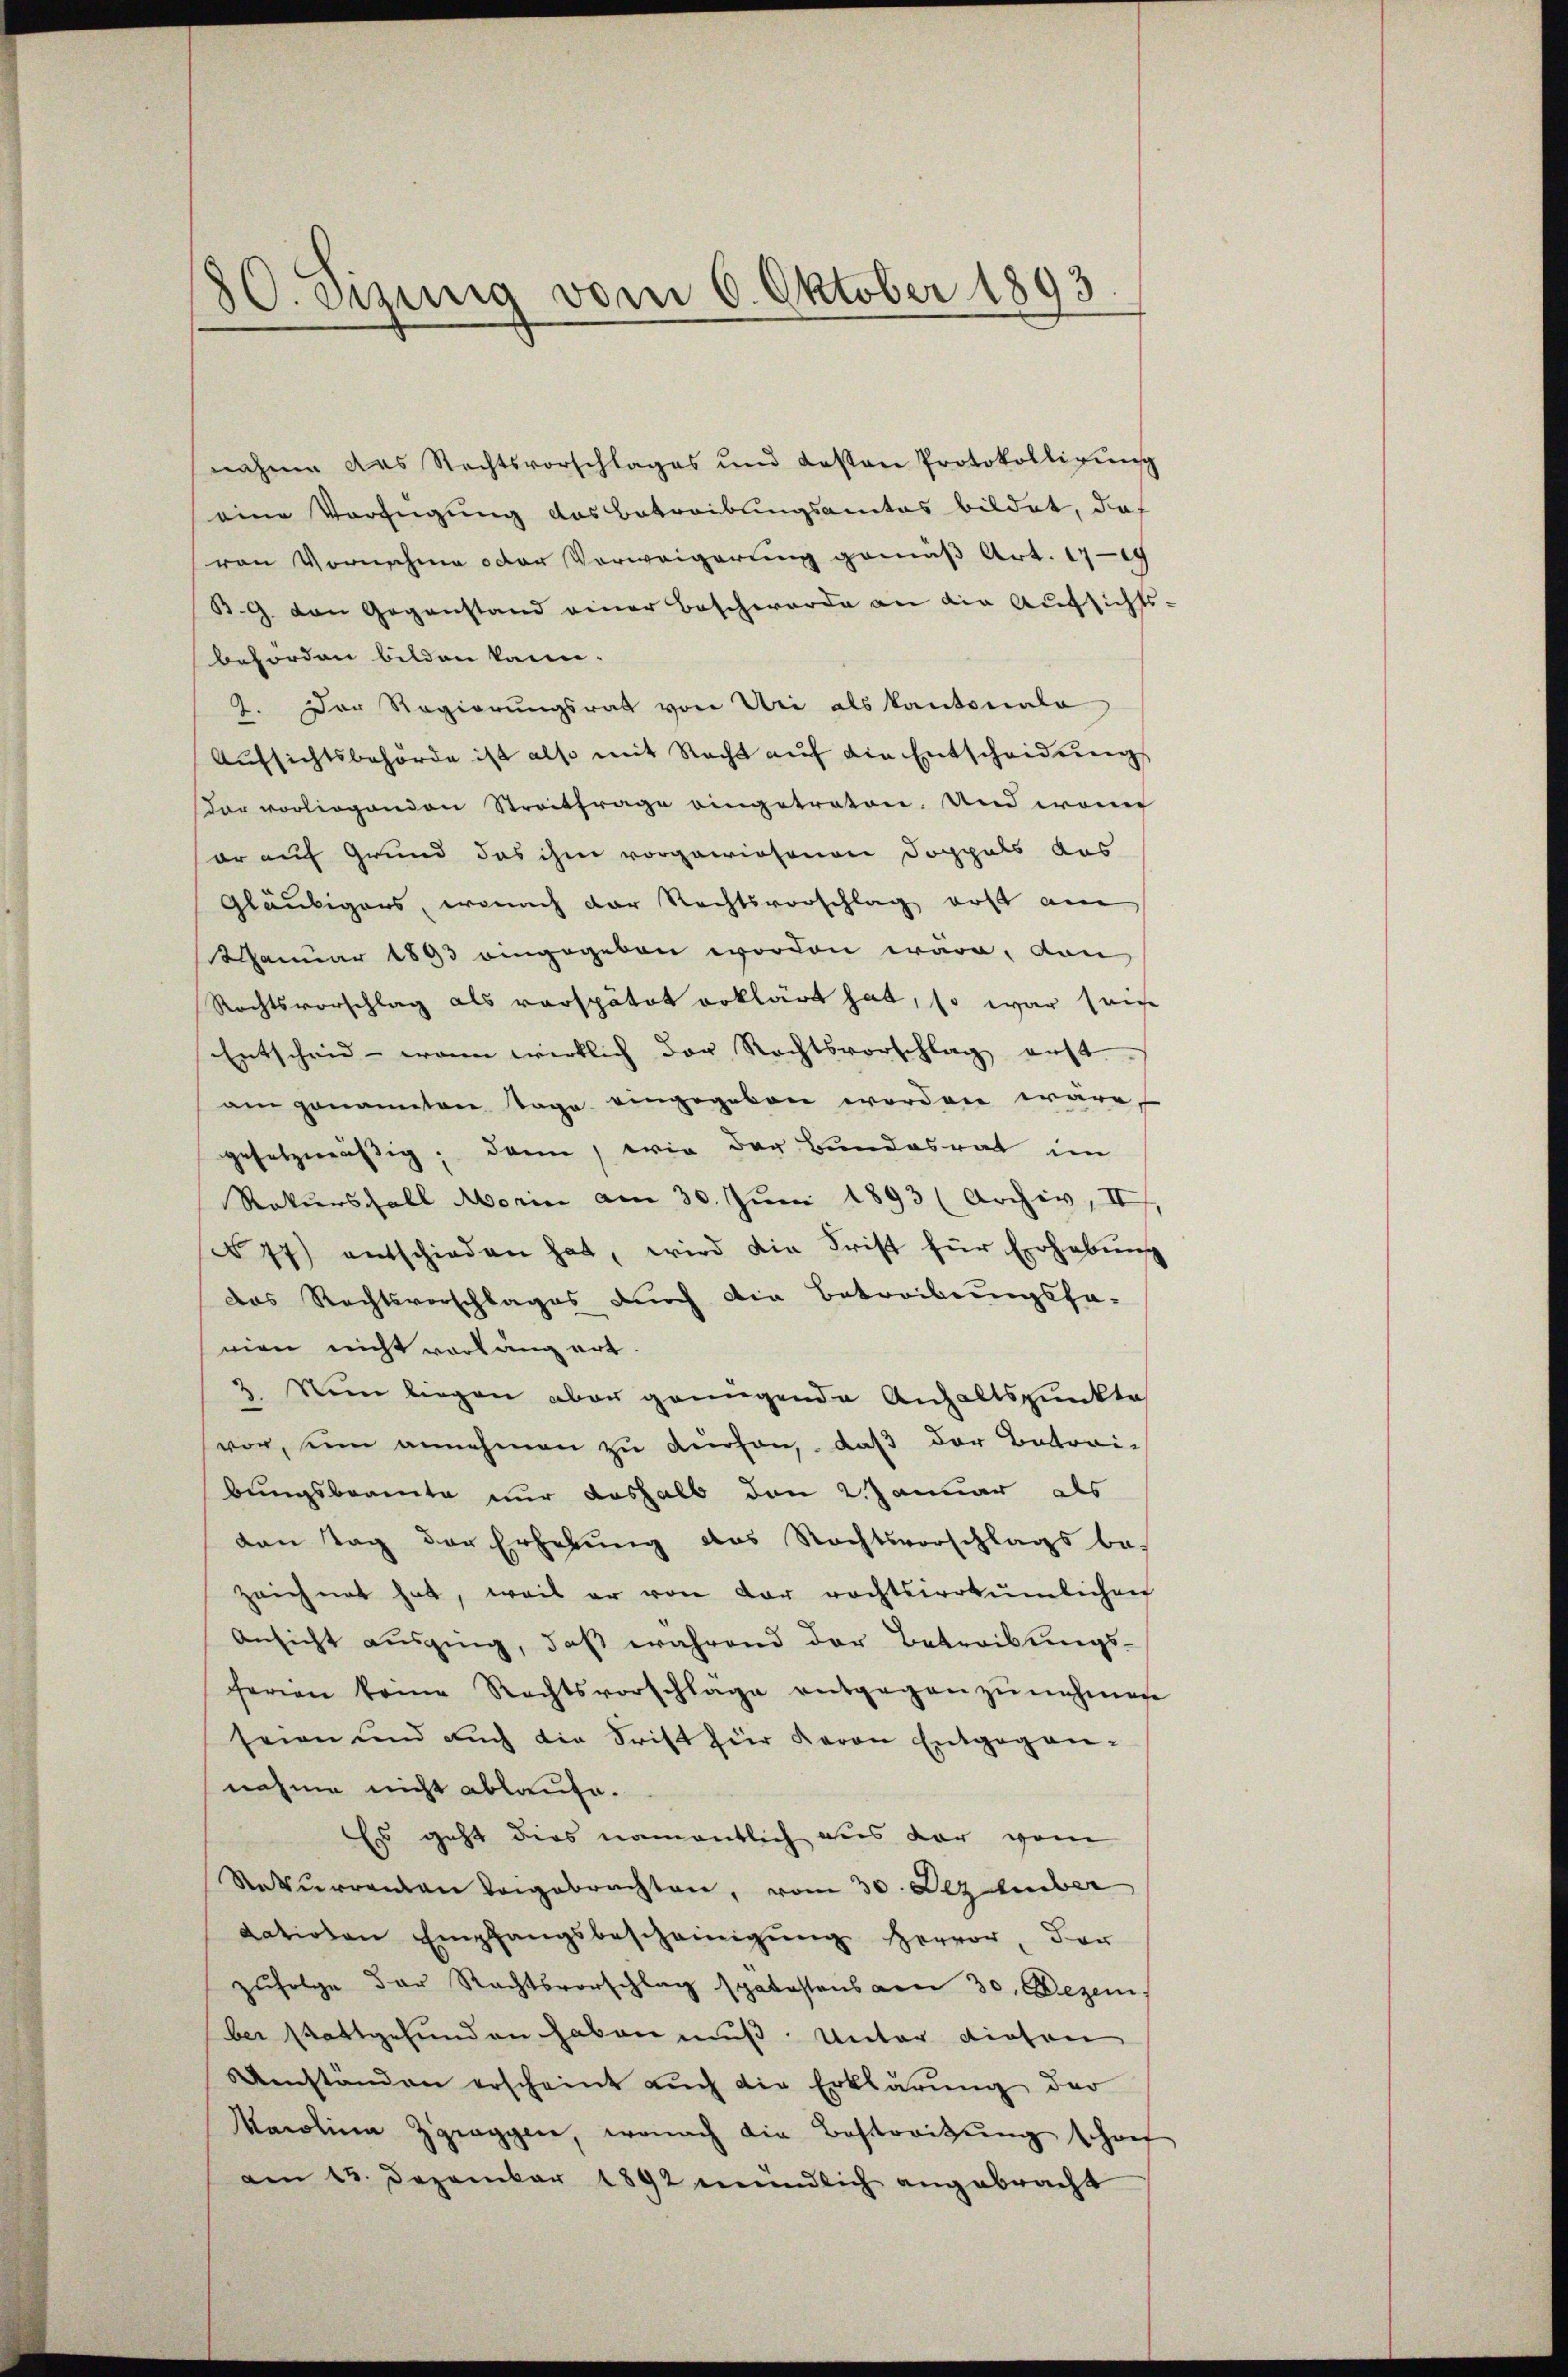
30. Jung vom 6. Oktober 1893

nahme das Rechtsvorschlages und dessen Protokolligŭng
eine Verfügung des Betreibungsamtes bildet, daß
von Vornehme oder Vorweigerung gemäß Art. 1719
B. G. von Gegenstand einer Beschwerde an die Aufsichts-
behörden bilden kann.
2. Der Regierungsrat von Uri als Kantonala
Aufsichtsbehörde ist also mit Recht auf die Entscheidung
dar vorliegenden Streitfrage eingetreten. Und wenn
or auf Grund das ihm vorgewiesenen Doppels aus
Gläubigers, wonach der Rechtsvorschlag erst au
.Januar 1893 eingegeben worden wäre, von
Rechtsvorschlag als verspätet erklärt hat, so war sein
Entscheid - wann wirklich der Rechtsvorschlag erst
am genannten Tage eingegeben worden wäre
gesetzmäßig; dann, wie der Bundesrat im
Rekursfall Morin am 30. Juni 1893 (Archiv, II
N 77) entschieden hat, wird die Frist für Erhebung
das Rechtsvorschlages durch die Betreibungsha-
nien nicht vorlang art.
2. Nun liegen aber genügende Anhaltspunkte
vor, sein annehmen zu durchen, daß der Betrai-
bungsbeamte nur deshalb den 2. Januar als
den Tag der Erhebung das Rechtsvorschlags be-
zeichnet hat, weil er von der rechtsirrtümlichen
Ansicht ausging, daß während der Betreibungs-
ferien keine Rechtsvorschlage entgegenzŭnehmen
seien und auch die Frist für Baron Entgegen-
nahme nicht ablaufe.
Es geht dies namentlich aus der vom
Saturrenten dergebrachten, vom 30. Dez huber
dationen Empfangsbescheinigŭng hervor, der
zŭfolge der Rechtsvorschlag spätestens von 30. Dezem
ber stattgefunden haben muß. Unter diesen
Umständen erscheint aŭch die Erklärung der
Marolina Zgraggen, wonach die Bestreitŭng schof
am 13. Dezember 1892 mündlich angebracht